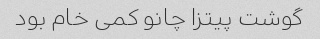
گوشت پیتزا چانو کمی خام بود